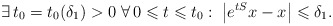
\begin{align*} \exists\,t_0=t_0(\delta_1)>0\;\forall\,0\leqslant t\leqslant t_0:\;\left|e^{tS}x-x\right|\leqslant\delta_1. \end{align*}